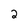
Character: 2